Leaving Certificate Examination (including Day School Certificate (Higher) General paper), 1930
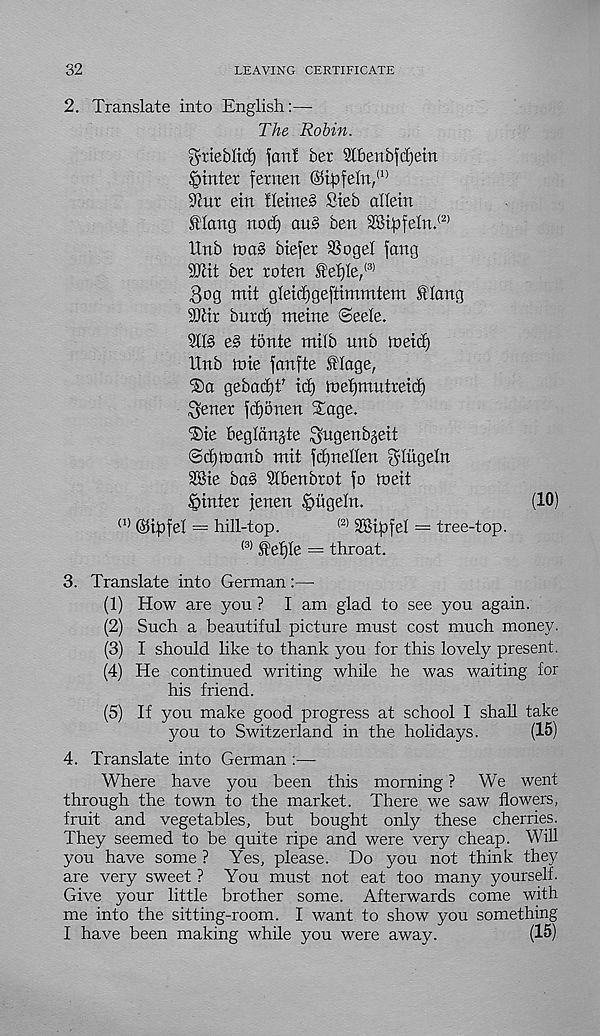
32
LEAVING CERTIFICATE
2. Translate into English:—
The Robin.
^tteblicf) fan! bet St&enbfdjein
Winter fetnen ®tpfeln, (1)
9tut etn !letne§ Cteb alletn
flang nod) au§ ben 2Bi^feln. (2)
Unb maS btefer SSogel fang
SOtit bet roten feljle/ 3 '
3og mit gleidjgeftimmtem Slang
2Jtir butd) metne ©eele.
Sll§ e§ tonte nttlb unb loeid)
Enb ithe fanfte Stage,
iSa gebadjf id) mefjmntteid)
^enet fdjonen Sage.
The begldnjte ^ugenbgeit
©djtnanb mit fdinellen gdugeln
SBie ba§ 3lbenbtot fo meit
Winter jenen ^t’tgeln.
(10)
(1) ©iftfel — hill-top.
(2) 3Bipfel — tree-top.
(3) Sefjle — throat.
3. Translate into German :—
(1) How are you ? I am glad to see you again.
(2) Such a beautiful picture must cost much money.
(3) I should like to thank you for this lovely present.
(4) He continued writing while he was waiting for
his friend.
(5) If you make good progress at school I shah take
you to Switzerland in the holidays.
(15)
4. Translate into German :—-
Where have you been this morning ? We went
through the town to the market. There we saw flowers,
fruit and vegetables, but bought only these cherries.
They seemed to be quite ripe and were very cheap. Will
you have some ? Yes, please. Do you not think they
are very sweet ? You must not eat too many yourself.
Give your little brother some. Afterwards come with
me into the sitting-room. I want to show you something
I have been making while you were away.
(15)